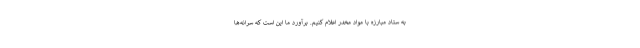
به ستاد مبارزه با مواد مخدر اعلام کنیم. برآورد ما این است که سرانه‌ها